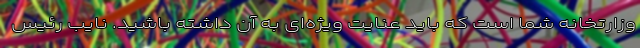
وزارتخانه شما است که باید عنایت ویژه‌ای به آن داشته باشید. نایب رئیس